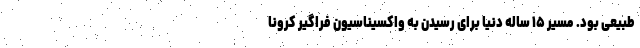
طبیعی بود. مسیر ۱۵ ساله دنیا برای رسیدن به واکسیناسیون فراگیر کرونا